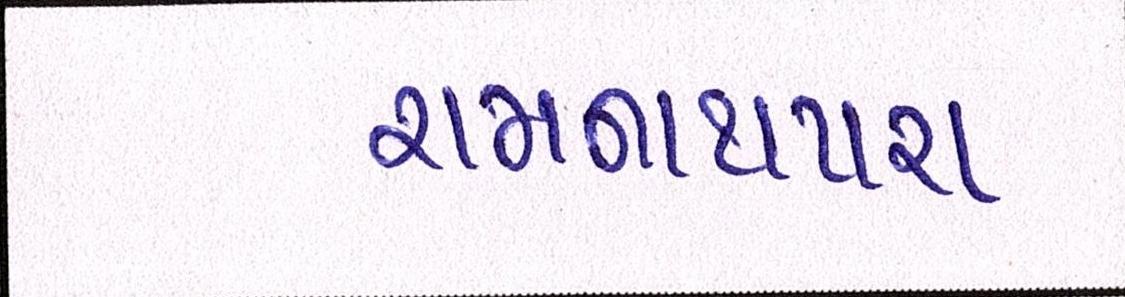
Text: રામનાથપરા